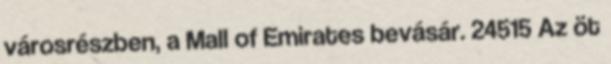
városrészben, a Mall of Emirates bevásár. 24515 Az öt